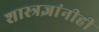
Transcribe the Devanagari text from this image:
शास्त्रज्ञांनीही